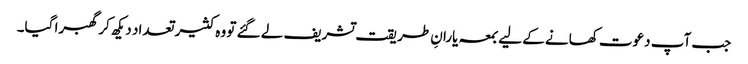
جب آپ دعوت کھانے کے لیے بمعہ یارانِ طریقت تشریف لے گئے تو وہ کثیر تعداد دیکھ کر گھبرا گیا۔